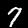
Label: 7